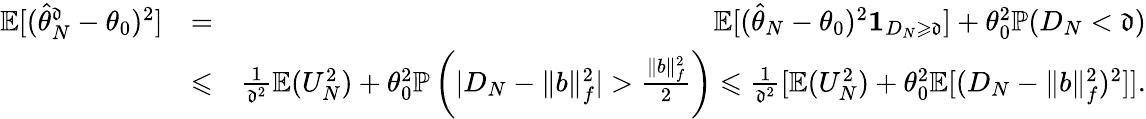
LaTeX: \begin{array}{rlr}{\mathbb E[(\widehat\theta_{N}^{\mathfrak d}-\theta_{0})^{2}]}&{=}&{\mathbb E[(\widehat\theta_{N}-\theta_{0})^{2}\mathbf 1_{D_{N}\geqslant\mathfrak d}]+\theta_{0}^{2}\mathbb P(D_{N}<\mathfrak d)}\\ &{\leqslant}&{\frac{1}{\mathfrak d^{2}}\mathbb E(U_{N}^{2})+\theta_{0}^{2}\mathbb P\left(|D_{N}-\| b\| _{f}^{2}|>\frac{\| b\| _{f}^{2}}{2}\right)\leqslant\frac{1}{\mathfrak d^{2}}[\mathbb E(U_{N}^{2})+\theta_{0}^{2}\mathbb E[(D_{N}-\| b\| _{f}^{2})^{2}]].}\end{array}